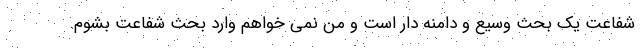
شفاعت یک بحث وسیع و دامنه دار است و من نمی خواهم وارد بحث شفاعت بشوم.